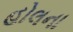
હોલના